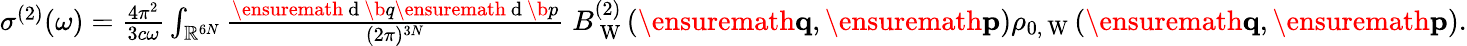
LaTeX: \begin{array}{r}{\sigma^{(2)}(\omega)=\frac{4\pi^{2}}{3c\omega}\int_{\mathbb{R}^{6N}}\frac{\ensuremath{\mathrm{~d~}}\b{q}\ensuremath{\mathrm{~d~}}\b{p}}{(2\pi)^{3N}}\; B_{\mathrm{~W~}}^{(2)}(\ensuremath{\mathbf{q}},\ensuremath{\mathbf{p}})\rho_{0,\mathrm{~W~}}(\ensuremath{\mathbf{q}},\ensuremath{\mathbf{p}}).}\end{array}